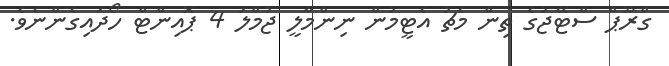
ގްރޫޕް ސްޓޭޖުގެ ތިން މެޗު އެޓީމުން ނިންމާލީ ޖުމްލަ 4 ޕޮއިންޓް ހޯދައިގެންނެވެ.